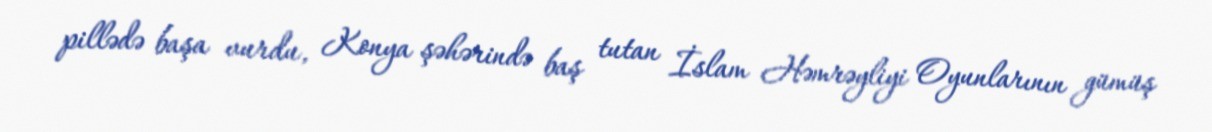
pillədə başa vurdu, Konya şəhərində baş tutan İslam Həmrəyliyi Oyunlarının gümüş